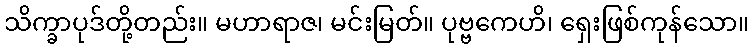
သိက္ခာပုဒ်တို့တည်း။ မဟာရာဇ၊ မင်းမြတ်။ ပုဗ္ဗကေဟိ၊ ရှေးဖြစ်ကုန်သော။